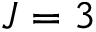
J = 3